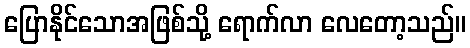
ပြောနိုင်သောအဖြစ်သို့ ရောက်လာ လေတော့သည်။